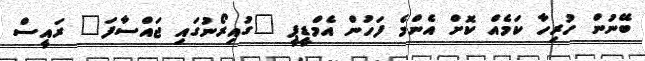
ބޭނުން ހުރިހާ ކަމެއް ކޮށް އެންމެ ފަހުން އެމްޑީޕީ "ގުއިރޯނުގައި ޖައްސާފަ" ރައީސް